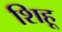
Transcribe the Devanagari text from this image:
शिहू